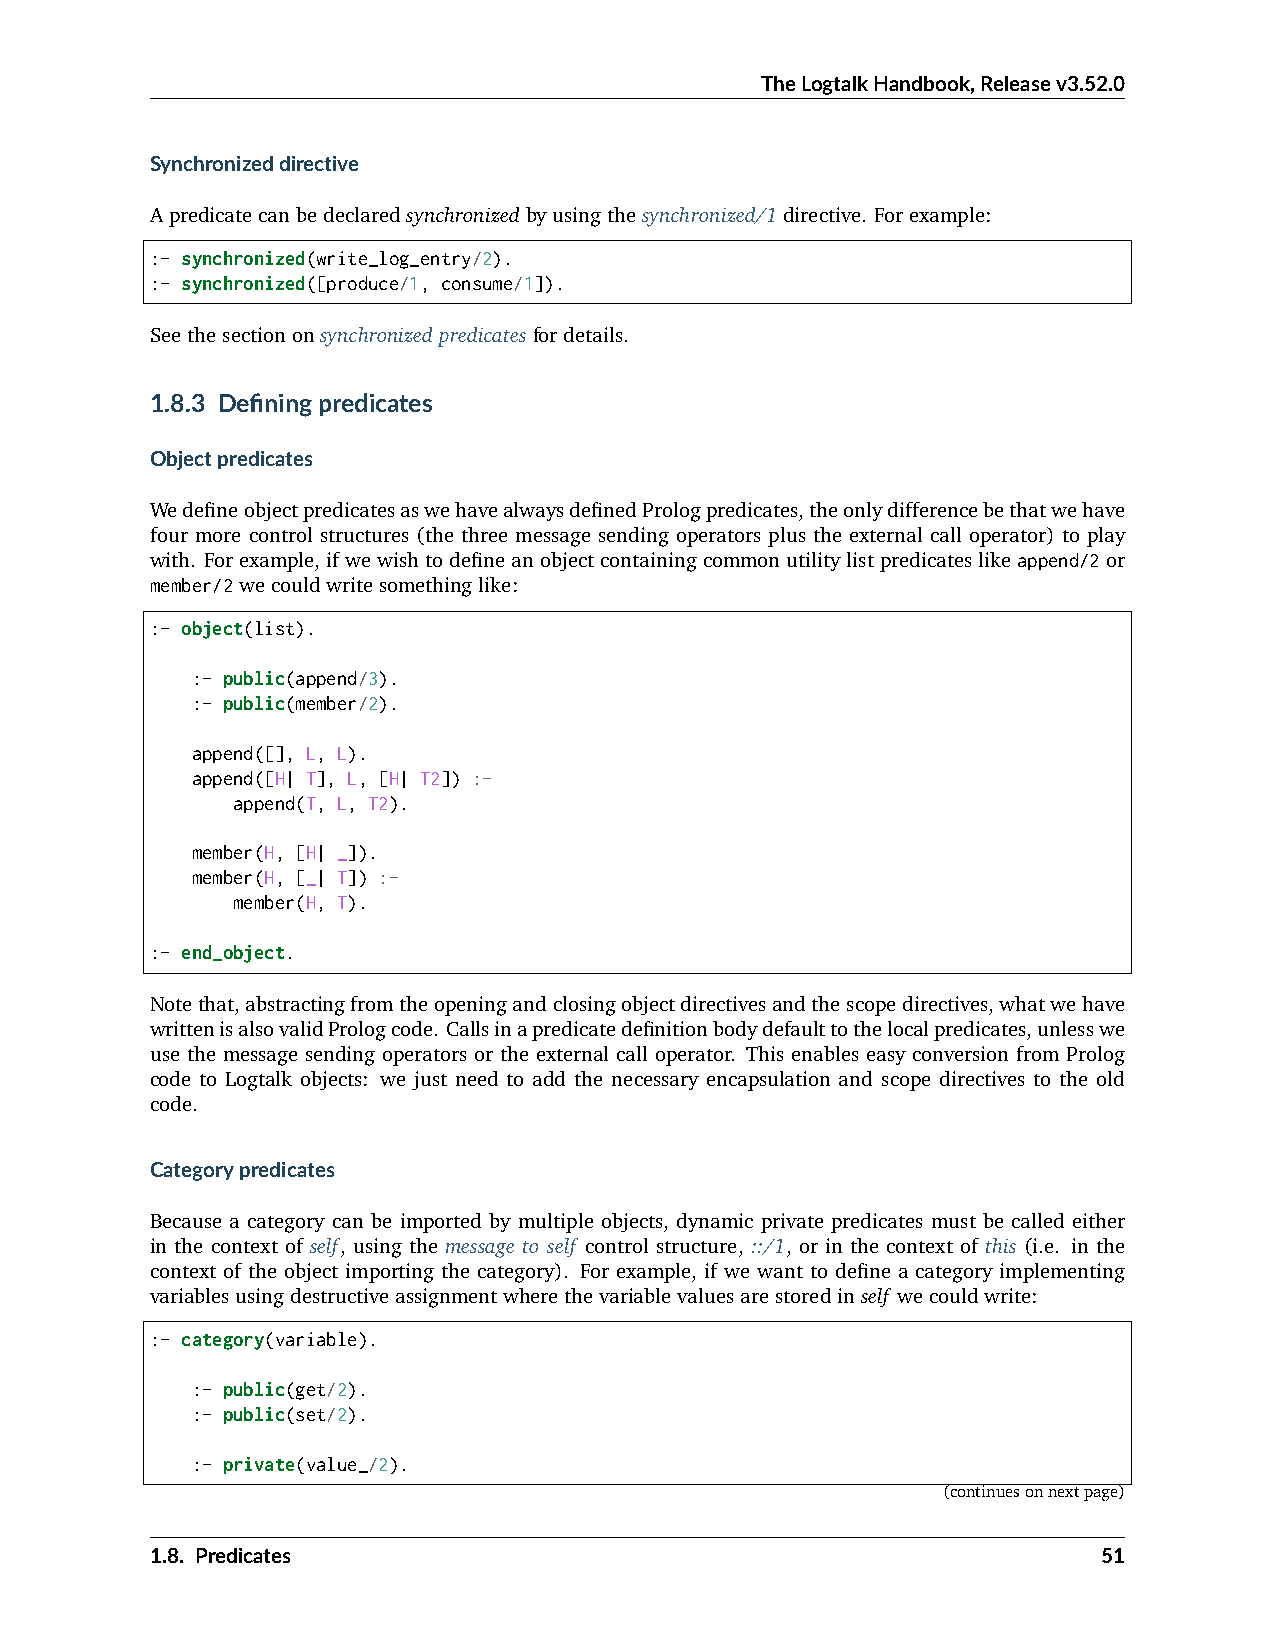
TheLogtalkHandbook,Releasev3.52.0
 Synchronizeddirective
 Apredicatecanbedeclaredsynchronizedbyusingthesynchronized/1directive. Forexample:
 :- synchronized(write_log_entry/2).
 :- synchronized([produce/1, consume/1]).
 Seethesectiononsynchronizedpredicatesfordetails.
 1.8.3 Definingpredicates
 Objectpredicates
 WedefineobjectpredicatesaswehavealwaysdefinedPrologpredicates,theonlydifferencebethatwehave
 four more control structures (the three message sending operators plus the external call operator) to play
 with. Forexample,ifwewishtodefineanobjectcontainingcommonutilitylistpredicateslikeappend/2or
 member/2wecouldwritesomethinglike:
 :- object(list).
 :- public(append/3).
 :- public(member/2).
 append([], L, L).
 append([H| T], L, [H| T2]) :-
 append(T, L, T2).
 member(H, [H| _]).
 member(H, [_| T]) :-
 member(H, T).
 :- end_object.
 Notethat,abstractingfromtheopeningandclosingobjectdirectivesandthescopedirectives,whatwehave
 writtenisalsovalidPrologcode. Callsinapredicatedefinitionbodydefaulttothelocalpredicates,unlesswe
 use the message sending operators or the external call operator. This enables easy conversion from Prolog
 code to Logtalk objects: we just need to add the necessary encapsulation and scope directives to the old
 code.
 Categorypredicates
 Because a category can be imported by multiple objects, dynamic private predicates must be called either
 in the context of self, using the message to self control structure, ::/1, or in the context of this (i.e. in the
 context of the object importing the category). For example, if we want to define a category implementing
 variablesusingdestructiveassignmentwherethevariablevaluesarestoredinself wecouldwrite:
 :- category(variable).
 :- public(get/2).
 :- public(set/2).
 :- private(value_/2).
 (continuesonnextpage)
 1.8. Predicates                                                51